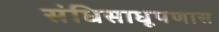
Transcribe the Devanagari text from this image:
संधिसाधूपणास